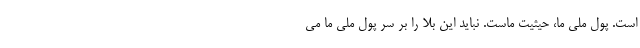
است. پول ملی ما، حیثیت ماست. نباید این بلا را بر سر پول ملی ما می